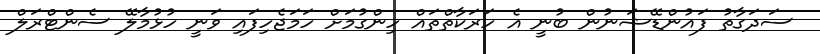
ސަދަގާތު ފައުންޑޭޝަނުން ބުނީ އެ ހަރަކާތްތައް ހިންގުމަށް ހަމަޖެހިފައި ވަނީ ހުޅުމާލޭ ސެންޓްރަލް